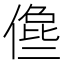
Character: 𠍈